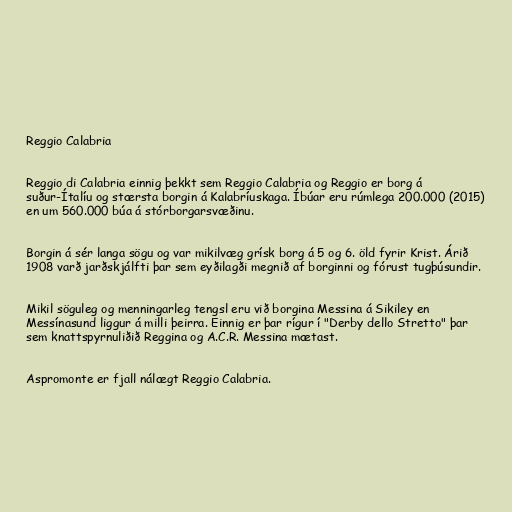
Reggio Calabria

Reggio di Calabria einnig þekkt sem Reggio Calabria og Reggio er borg á
suður-Ítalíu og stærsta borgin á Kalabríuskaga. Íbúar eru rúmlega 200.000 (2015)
en um 560.000 búa á stórborgarsvæðinu.

Borgin á sér langa sögu og var mikilvæg grísk borg á 5 og 6. öld fyrir Krist. Árið
1908 varð jarðskjálfti þar sem eyðilagði megnið af borginni og fórust tugþúsundir.

Mikil söguleg og menningarleg tengsl eru við borgina Messina á Sikiley en
Messínasund liggur á milli þeirra. Einnig er þar rígur í "Derby dello Stretto" þar
sem knattspyrnuliðið Reggina og A.C.R. Messina mætast.

Aspromonte er fjall nálægt Reggio Calabria.